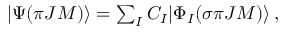
\begin{array} { r } { | \Psi ( { \pi } J M ) \rangle = \sum _ { I } { C _ { I } | \Phi _ { I } ( \sigma { \pi } J M ) \rangle } \, , } \end{array}